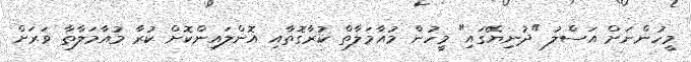
މީހުންނަށް އަސްލު "ދުނިޔޭގައި" މީހުން މުއާމަލާތް ކުރާގޮތާއި އޮންލައިންކޮށް ކުރާ މުއާމަލާތާ ވަރަށް